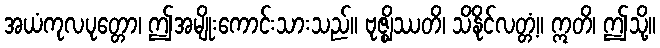
အယံကုလပုတ္တော၊ ဤအမျိုးကောင်းသားသည်။ ဗုဇ္ဈိဿတိ၊ သိနိုင်လတ္တံ့။ ဣတိ၊ ဤသို့။